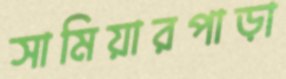
সামিয়ারপাড়া